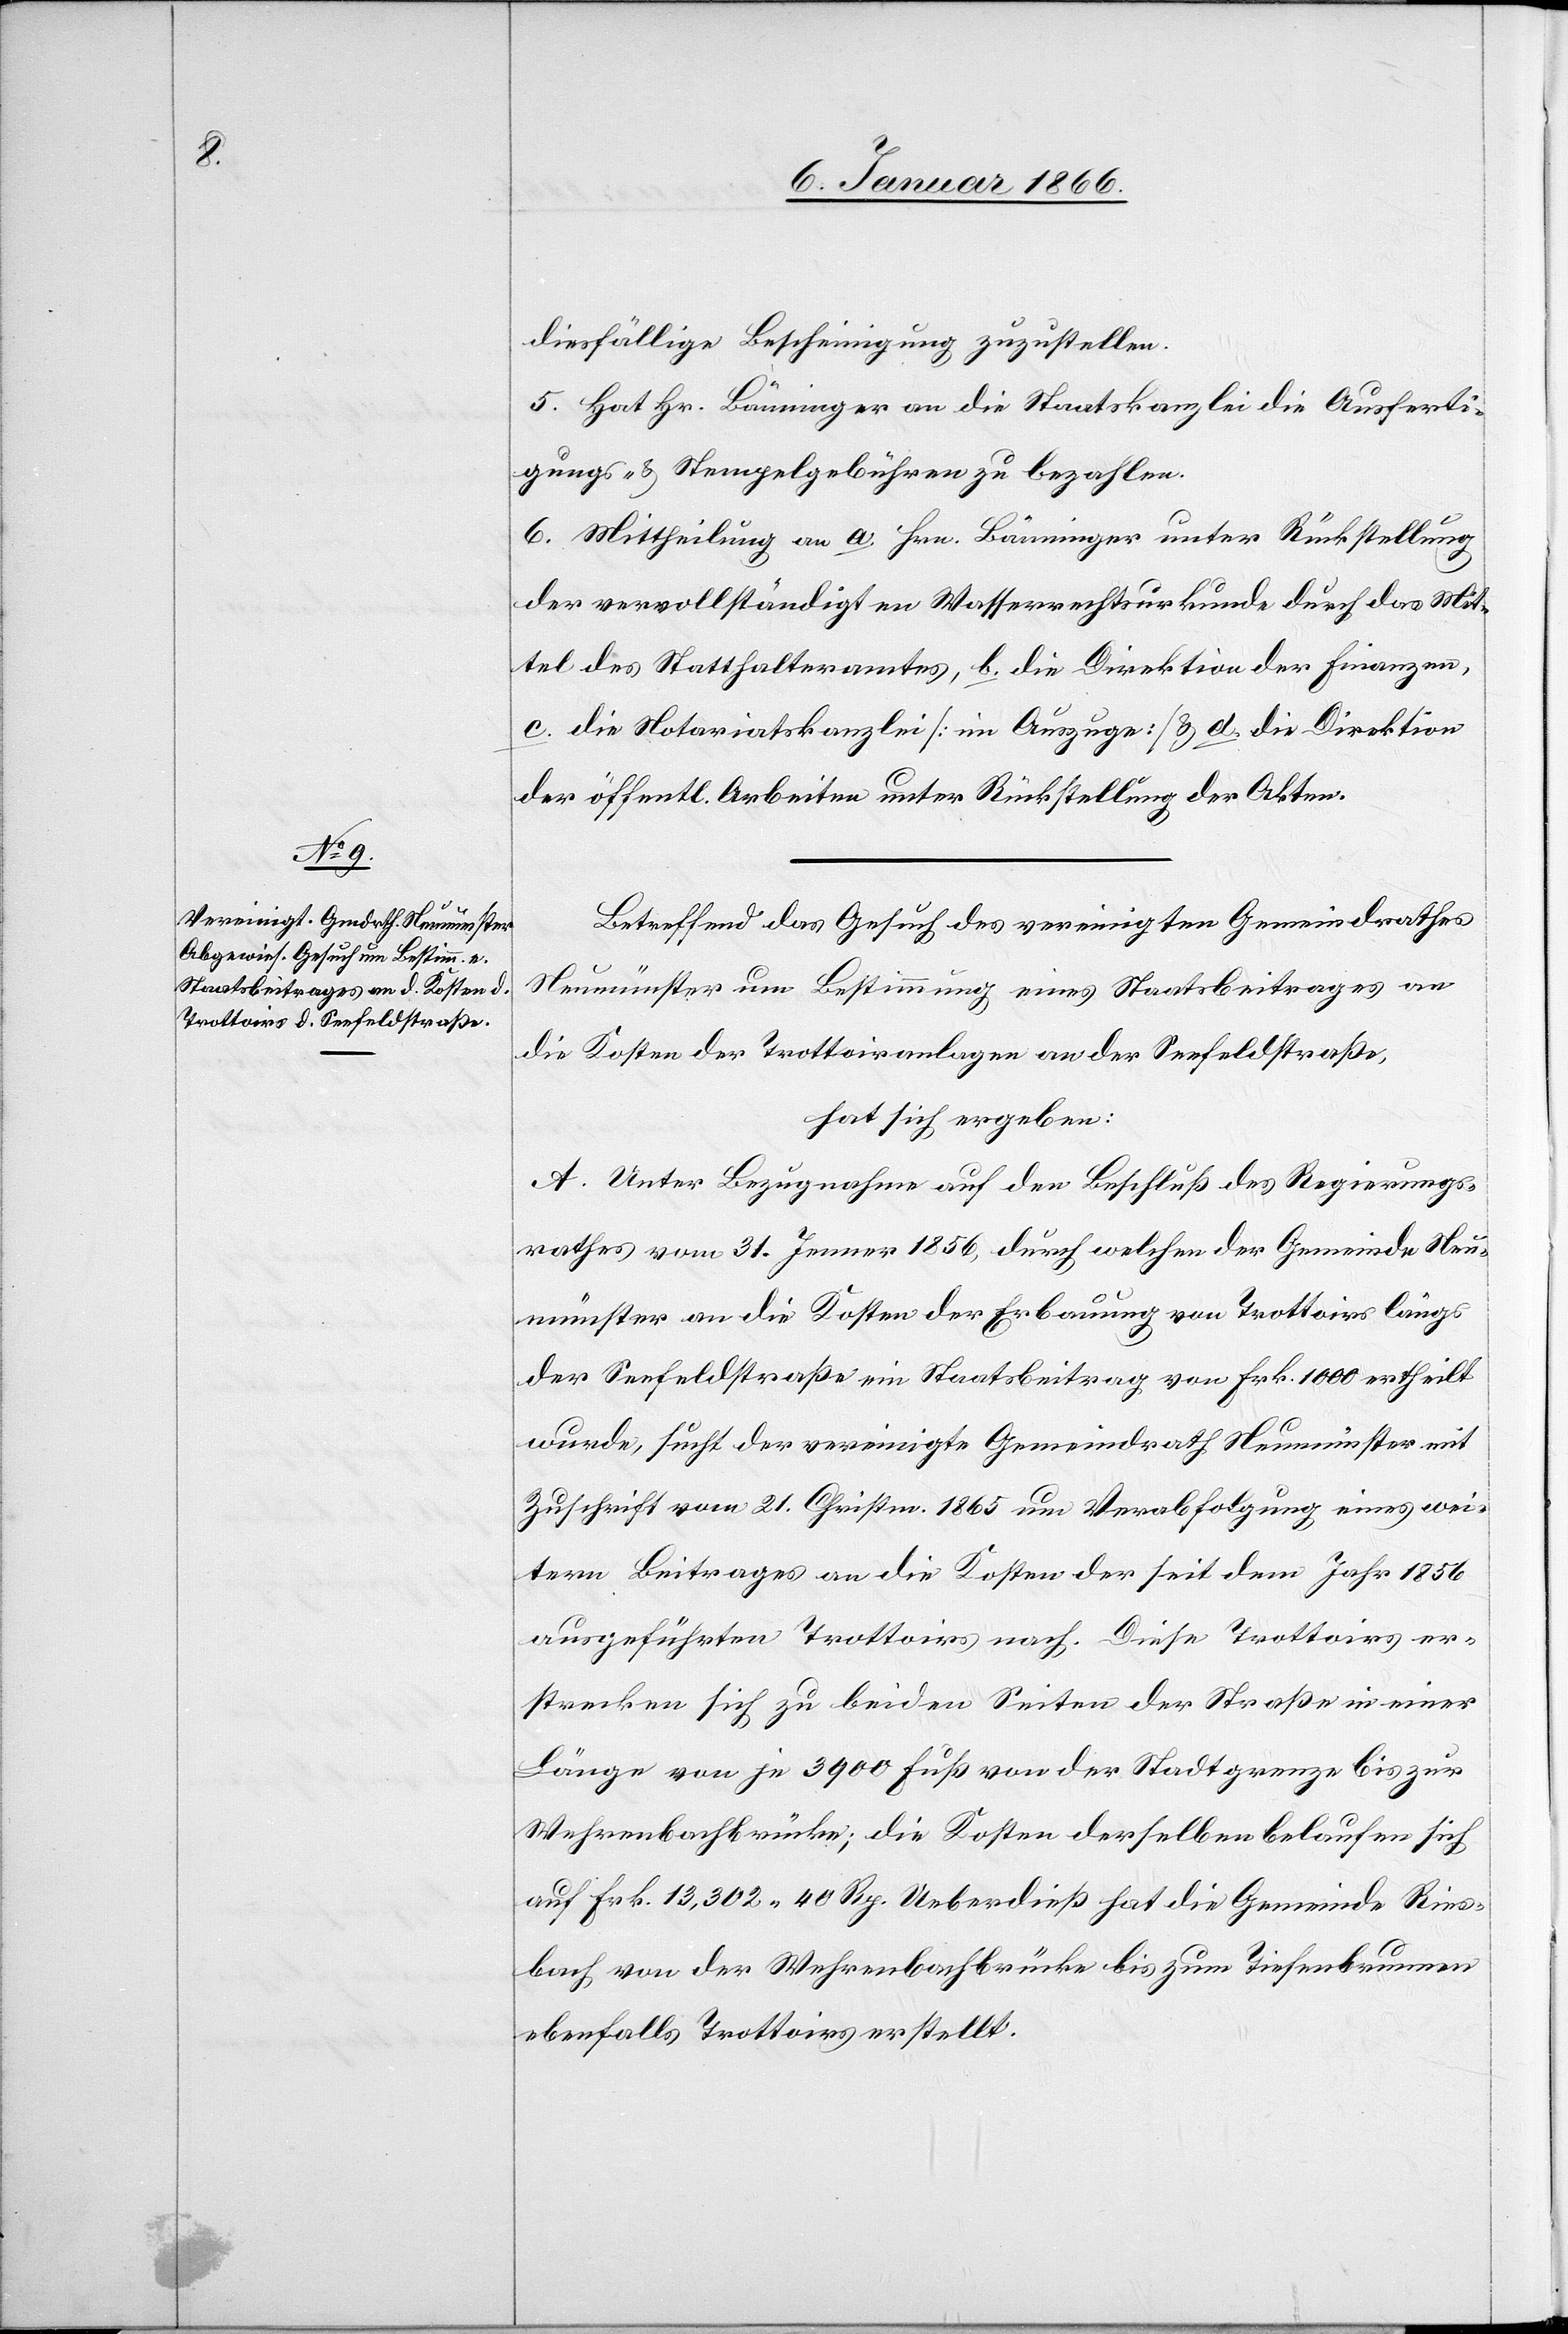
diesfällige Bescheinigung zuzustellen.
5. Hat Hr. Bänninger an die Staatskanzlei die Ausferti¬
gungs- u. Stempelgebühren zu bezahlen.
6. Mittheilung an a. Hrn. Bänninger unter Rückstellung
der vervollständigten Wasserrechtsurkunde durch das Mit¬
tel des Statthalteramtes, b. die Direktion der Finanzen,
c. die Notariatskanzlei [im Auszuge] u. d. die Direktion
der öffentl. Arbeiten unter Rückstellung der Akten.
Betreffend das Gesuch des vereinigten Gemeindrathes
Neumünster um Bestimmung eines Staatsbeitrages an
die Kosten der Trottoiranlangen an der Seefeldstraße,
hat sich ergeben:
A. Unter Bezugnahme auf den Beschluß des Regierungs¬
rathes vom 31. Januar 1856, durch welchen der Gemeinde Neu¬
münster an die Kosten der Erbauung von Trottoirs längs
der Seefeldstraße ein Staatsbeitrag von Frk. 1000 ertheilt
wurde, sucht der vereinigte Gemeindrath Neumünster mit
Zuschrift vom 21. Christm. 1865 um Verabfolgung eines wei¬
teren Beitrages an die Kosten der seit dem Jahr 1856
ausgeführten Trottoirs nach. Diese Trottoirs er¬
strecken sich zu beiden Seiten der Straße in einer
Länge von je 3900 Fuß von der Stadtgrenze bis zur
Wehrenbachbrücke; die Kosten derselben belaufen sich
auf Frk. 13 302 40 Rp. Ueberdieß hat die Gemeinde Ries¬
bach, von der Wehrenbachbrücke bis zum Tiefenbrunnen
ebenfalls Trottoirs erstellt.